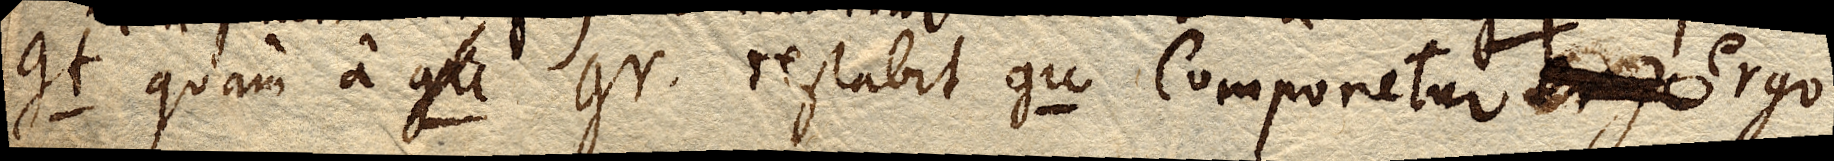
gt quam a gu gr. restabit gu Componetur ergo ergo